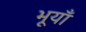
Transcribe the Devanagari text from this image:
भूयाँ